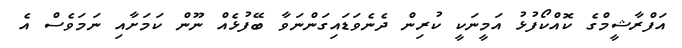
އަފްރާޝީމްގެ ކޮއްކޯފުޅު އަމީނަކީ ކުރިން ދެނެވަޑައިގަންނަވާ ބޭފުޅެއް ނޫން ކަމަށާއި ނަމަވެސް އެ